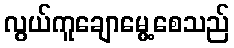
လွယ်ကူချောမွေ့စေသည်